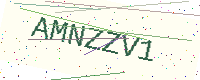
Text: AMNZZV1